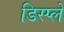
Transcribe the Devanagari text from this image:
डिस्‍प्‍ले